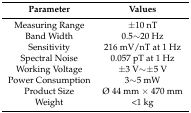
<table><thead><tr><td><b>Parameter</b></td><td><b>Values</b></td></tr></thead><tbody><tr><td>Measuring Range</td><td>±10 nT</td></tr><tr><td>Band Width</td><td>0.5∼20 Hz</td></tr><tr><td>Sensitivity</td><td>216 mV/nT at 1 Hz</td></tr><tr><td>Spectral Noise</td><td>0.057 pT at 1 Hz</td></tr><tr><td>Working Voltage</td><td>±3 V∼±5 V</td></tr><tr><td>Power Consumption</td><td>3∼5 mW</td></tr><tr><td>Product Size</td><td>Ø 44 mm × 470 mm</td></tr><tr><td>Weight</td><td>&lt;1 kg</td></tr></tbody></table>